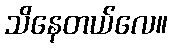
သိနေတယ်လေ။